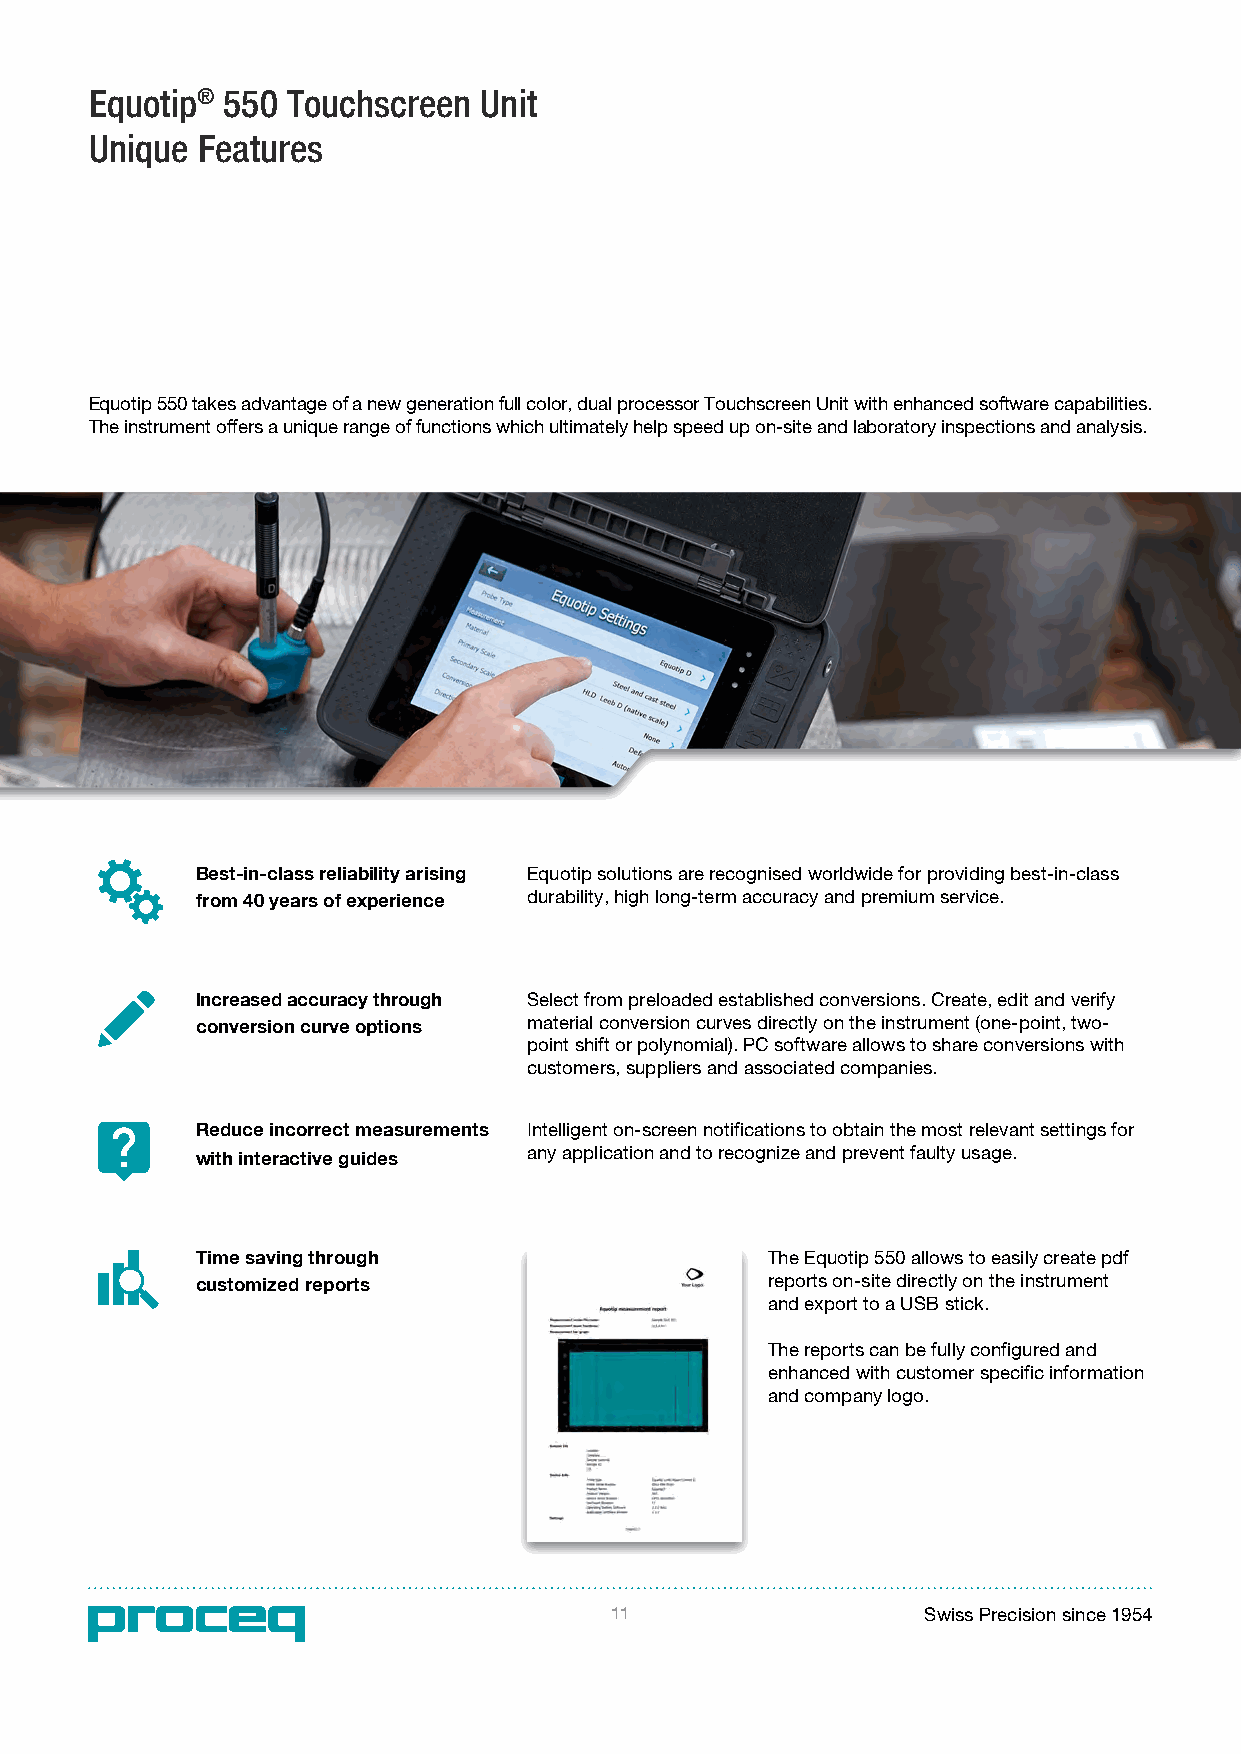
Equotip® 550 Touchscreen  Unit
 Unique Features
 Equotip 550 takes advantage of a new generation full color, dual processor Touchscreen Unit with enhanced software capabilities.
 The instrument offers a unique range of functions which ultimately help speed up on-site and laboratory inspections and analysis.
 Best-in-class reliability arising Equotip solutions are recognised worldwide for providing best-in-class
 from 40 years of experience durability, high long-term accuracy and premium service.
 Increased accuracy through Select from preloaded established conversions. Create, edit and verify
 conversion curve options material conversion curves directly on the instrument (one-point, two-
 point shift or polynomial). PC software allows to share conversions with
 customers, suppliers and associated companies.
 Reduce incorrect measurements Intelligent on-screen notifications to obtain the most relevant settings for
 any application and to recognize and prevent faulty usage.
 with interactive guides
 Time saving through                   The Equotip 550 allows to easily create pdf
 customized reports                    reports on-site directly on the instrument
 and export to a USB stick.
 The reports can be fully configured and
 enhanced with customer specific information
 and company logo.
 11                                      11                   Swiss Precision since 1954